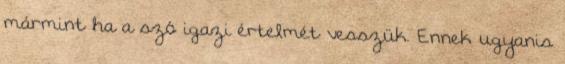
mármint ha a szó igazi értelmét vesszük. Ennek ugyanis